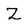
Character: Z